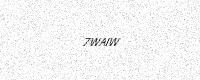
Text: 7WAIW